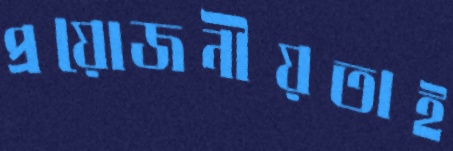
প্রয়োজনীয়তাই